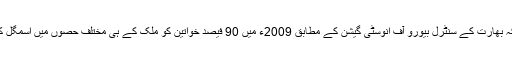
جب کہ بھارت کے سنٹرل بیورو آف انوسٹی گیشن کے مطابق 2009ء میں 90 فیصد خواتین کو ملک کے ہی مختلف حصوں میں اسمگل کیا گیا۔